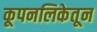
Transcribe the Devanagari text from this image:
कूपनलिकेतून